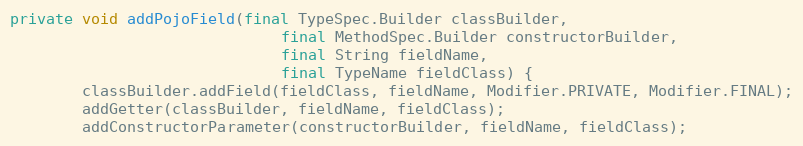
Language: Java
private void addPojoField(final TypeSpec.Builder classBuilder,
                              final MethodSpec.Builder constructorBuilder,
                              final String fieldName,
                              final TypeName fieldClass) {
        classBuilder.addField(fieldClass, fieldName, Modifier.PRIVATE, Modifier.FINAL);
        addGetter(classBuilder, fieldName, fieldClass);
        addConstructorParameter(constructorBuilder, fieldName, fieldClass);